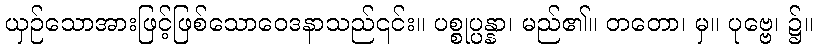
ယှဉ်သောအားဖြင့်ဖြစ်သောဝေဒနာသည်၎င်း။ ပစ္စုပ္ပန္နာ၊ မည်၏။ တတော၊ မှ။ ပုဗ္ဗေ၊ ၌။